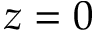
z = 0